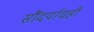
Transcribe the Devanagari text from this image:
सौंदर्याचही